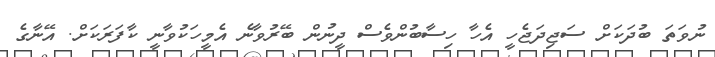
ނުވަތަ ބުދަކަށް ސަޖިދަޖެހީ އެހާ ހިސާބުންވެސް ދީނުން ބޭރުވާނެ އެމީހަކުވާނީ ކާފަރަކަށް. އޭނާގެ